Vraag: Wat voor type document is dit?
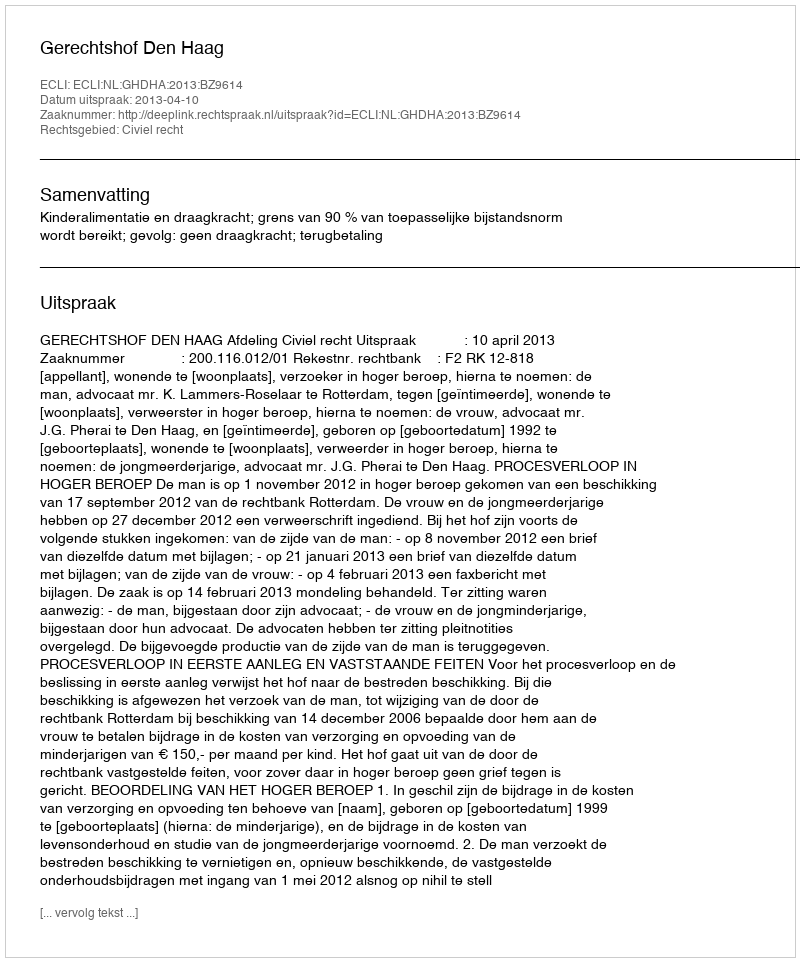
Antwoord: Uitspraak